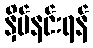
နှိမ်နင်းရန်